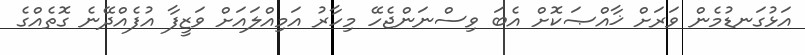
އަޅުގަނޑުމެން ވަރަށް ޚާއްޞަކޮށް އެބަ ވިސްނަންޖެހޭ މިހާރު އަމިއްލައަށް ވަޒީފާ އުފެއްދޭނެ ގޮތެއްގެ